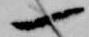
一